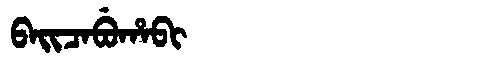
Manchu: ᠪᠠᡳᠴᠠᠪᡠᡥᠠᠪᡳ
Romanization: BAICABUHABI